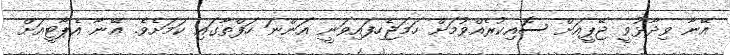
އޭނާ ވިދާޅުވީ ޖޭޕީއަށް ސޮއިކުރެއްވުމަށް ހަމަޖެހިފައިވަނީ އަންނަ ހަފްތާގައި ކަމަށެވެ. އޭނާ އެޕާޓީއަށް